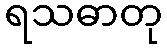
ရသဓာတု